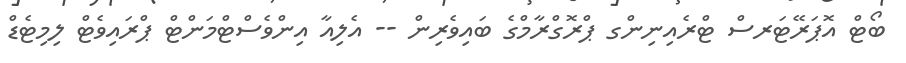
ބޯޓް އޮޕަރޭޓަރސް ޓްރެއިނިންގ ޕްރޮގްރާމްގެ ބައިވެރިން -- އެލިއާ އިންވެސްޓްމަންޓް ޕްރައިވެޓް ލިމިޓެޑް